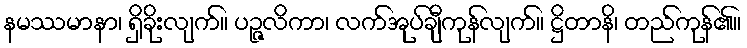
နမဿမာနာ၊ ရှိခိုးလျက်။ ပဉ္ဇလိကာ၊ လက်အုပ်ချီကုန်လျက်။ ဋ္ဌိတာနိ၊ တည်ကုန်၏။